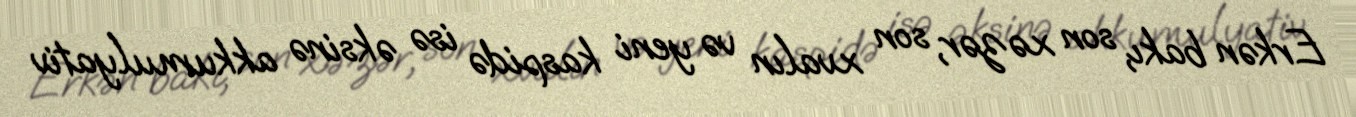
Erkən bakı, son xəzər, son xvalın və yeni kaspidə isə əksinə akkumulyativ